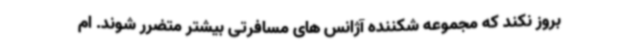
بروز نکند که مجموعه شکننده آژانس های مسافرتی بیشتر متضرر شوند. ام